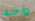
واحد